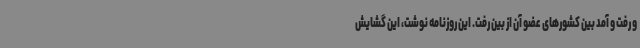
و رفت و آمد بین کشورهای عضو آن از بین رفت. این روزنامه نوشت، این گشایش